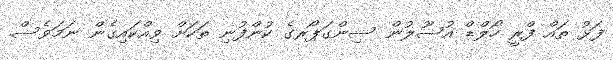
ފަޅު ތައް ފްރީ ހޯލްޑް އުސޫލުން ސިންގަޕޯރގެ ކުންފުނި ތަކަށް ވިއްކައިގެން ނަމަވެސް.